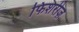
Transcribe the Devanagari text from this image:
फिशरीज़